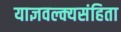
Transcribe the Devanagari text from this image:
याज्ञवल्क्यसंहिता